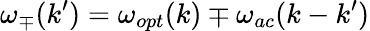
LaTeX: \omega_{\mp}(k^{\prime})=\omega_{opt}(k)\mp\omega_{ac}(k-k^{\prime})